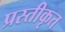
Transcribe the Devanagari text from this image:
प्रस्तीकृत